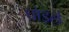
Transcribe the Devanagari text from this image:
घोड़ले